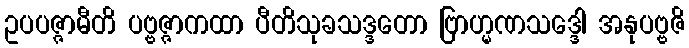
ဥပပဇ္ဇာမီတိ ပဗ္ဗဇ္ဇာကထာ ပီတိသုခသဒ္ဒတော ဗြာဟ္မဏသဒ္ဒေါ အနုပဗ္ဗဇိ